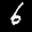
Label: 6